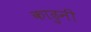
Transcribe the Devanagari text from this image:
काढुनी